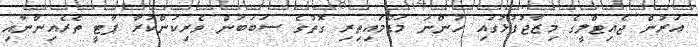
އަރުން ޖެއިޓްލީގެ މިޒާޖުފުޅުގައި ހުންނަ މަޑުމައިތިރި ގޮތުގެ ސަބަބުން ވެރިކަންކުރާ ޕާޓީ ތެރެއިންނާއި